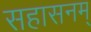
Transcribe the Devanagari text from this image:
सहासनम्